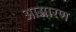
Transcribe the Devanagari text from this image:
आसारण